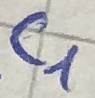
Text: C1